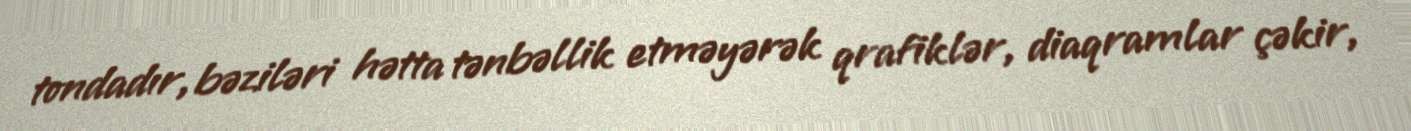
tondadır, bəziləri hətta tənbəllik etməyərək qrafiklər, diaqramlar çəkir,